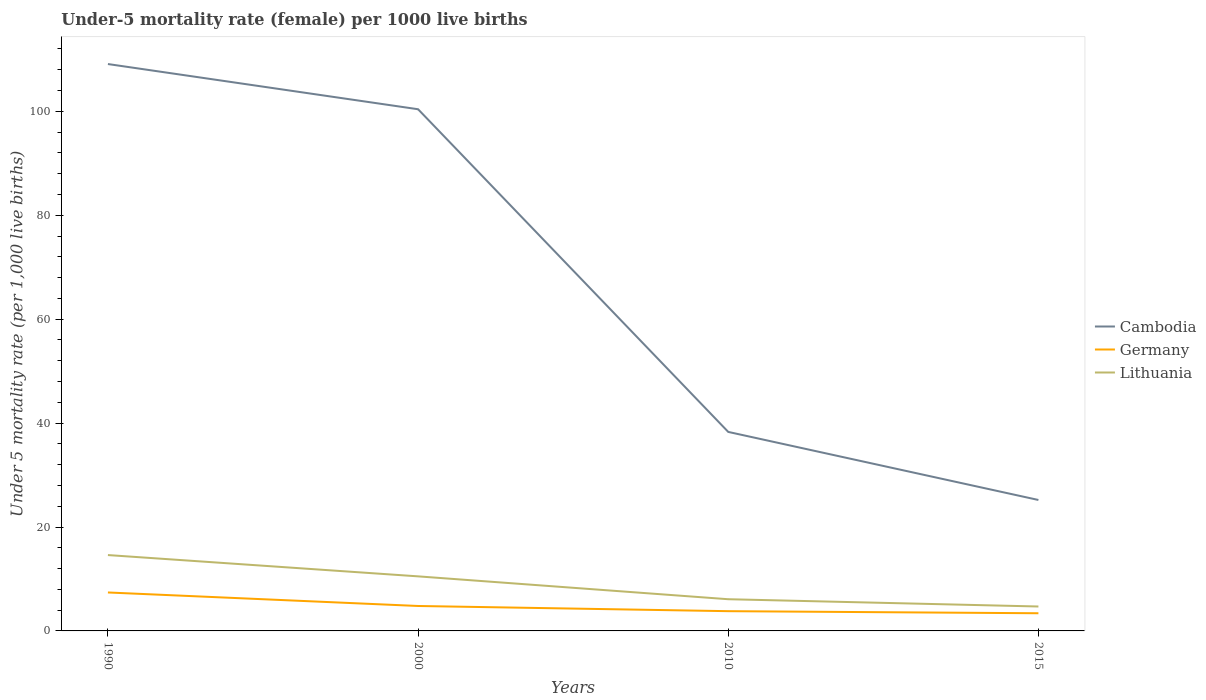
| Years | Cambodia | Germany | Lithuania |
 | --- | --- | --- | --- |
 | 1990 | 109 | 7.4 | 14.6 |
 | 2000 | 100 | 4.8 | 10.5 |
 | 2010 | 38.3 | 3.8 | 6.1 |
 | 2015 | 25.2 | 3.4 | 4.7 |